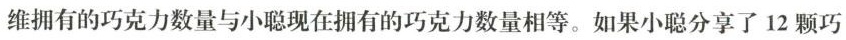
维拥有的巧克力数量与小聪现在拥有的巧克力数量相等。如果小聪分享了12颗巧